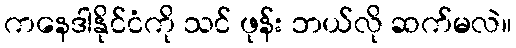
ကနေဒါနိုင်ငံကို သင် ဖုန်း ဘယ်လို ဆက်မလဲ။